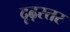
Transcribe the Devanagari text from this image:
दृढ़स्तर